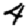
Digit: 4